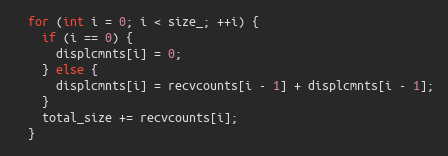
Language: C++
  for (int i = 0; i < size_; ++i) {
    if (i == 0) {
      displcmnts[i] = 0;
    } else {
      displcmnts[i] = recvcounts[i - 1] + displcmnts[i - 1];
    }
    total_size += recvcounts[i];
  }